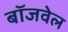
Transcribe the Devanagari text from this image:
बॉजवेल